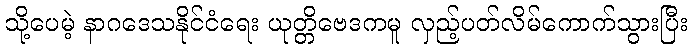
သို့ပေမဲ့ နာဂဒေသနိုင်ငံရေး ယုတ္တိဗေဒကမူ လှည့်ပတ်လိမ်ကောက်သွားပြီး